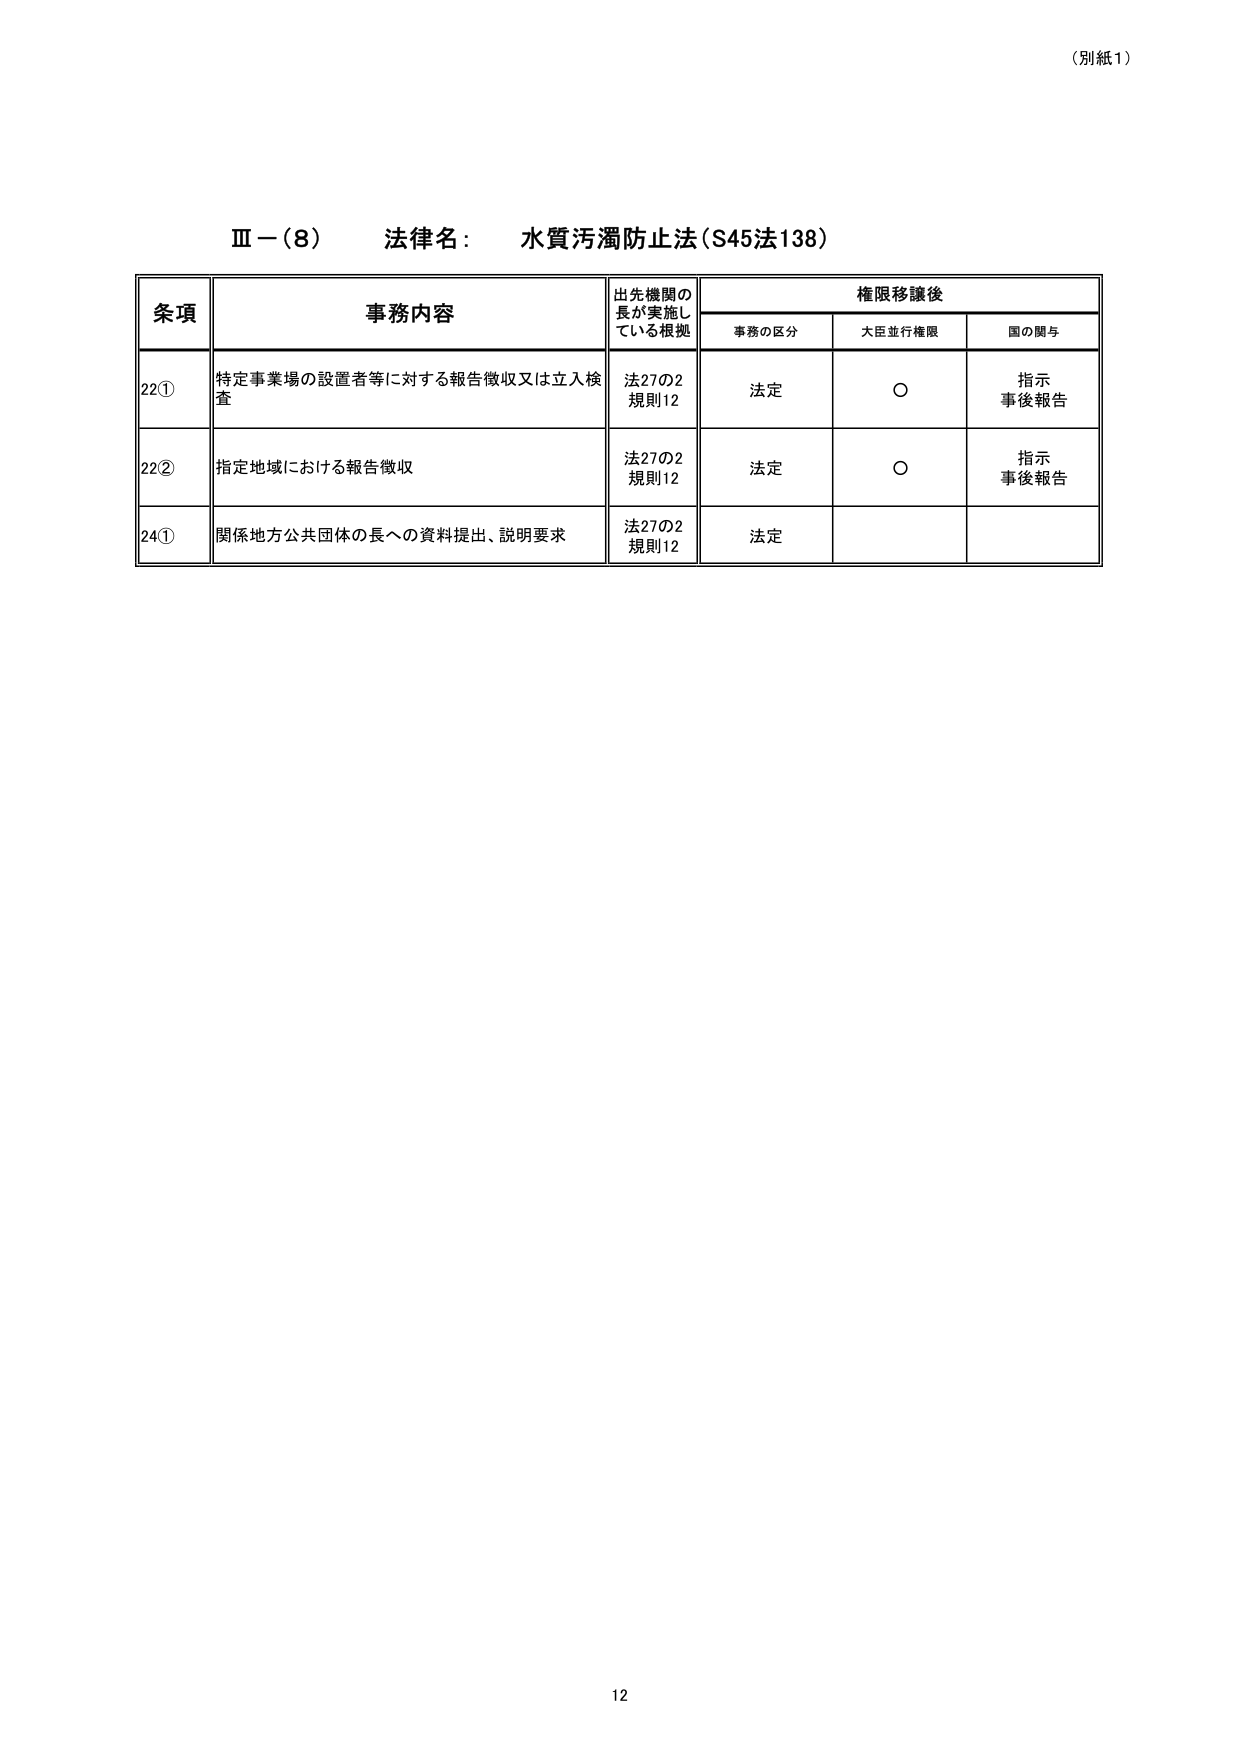
（別紙1）

Ⅲ－（8）　法律名：　水質汚濁防止法（S45法138）

条項　　　　　　　事務内容　　　　　　　出先機関の長が実施している根拠　　　権限移譲後
　　　　　　　　　　　　　　　　　　　　　　　　　　　　　　　　　　事務の区分　　大臣並行権限　　国の関与

22①　　特定事業場の設置者等に対する報告徴収又は立入検査　　法27の2　　法定　　　　○　　　　指示
　　　　　　　　　　　　　　　　　　　　　　　　　　　　　　規則12　　　　　　　　　　　　　　事後報告

22②　　指定地域における報告徴収　　　　　　　　　　　　　　法27の2　　法定　　　　○　　　　指示
　　　　　　　　　　　　　　　　　　　　　　　　　　　　　　規則12　　　　　　　　　　　　　　事後報告

24①　　関係地方公共団体の長への資料提出、説明要求　　　　　　法27の2　　法定
　　　　　　　　　　　　　　　　　　　　　　　　　　　　　　規則12

12